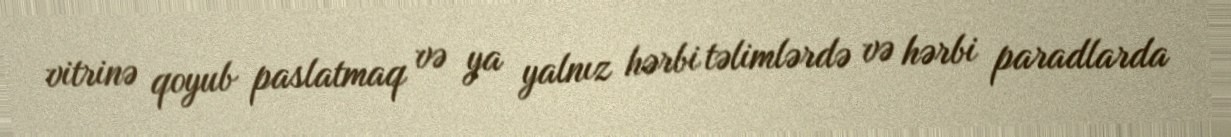
vitrinə qoyub paslatmaq və ya yalnız hərbi təlimlərdə və hərbi paradlarda